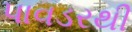
પાવડરથી